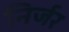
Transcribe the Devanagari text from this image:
निर्जर